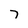
Character: 7